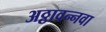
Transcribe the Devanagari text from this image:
अठ्ठावन्नवा